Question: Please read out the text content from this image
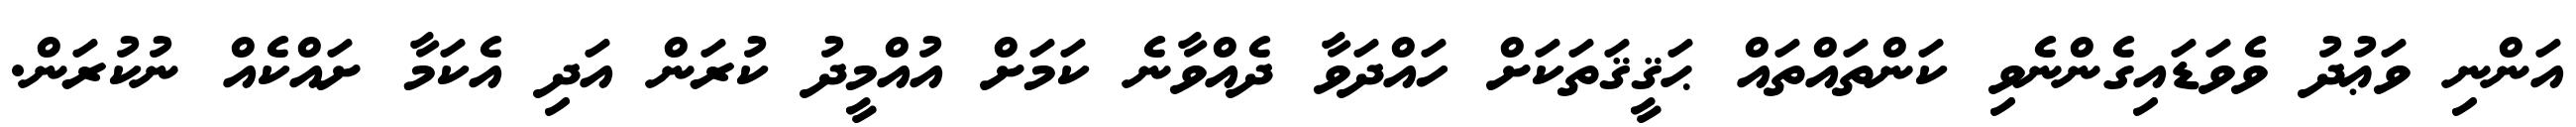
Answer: އަންނި ވަޢުދު ވެވަޑައިގެންނެވި ކަންތައްތައް ޙަޤީޤަތަކަށް ހައްދަވާ ދެއްވާނެ ކަމަށް އުއްމީދު ކުރަން އަދި އެކަމާ ށައްކެއް ނުކުރަން.